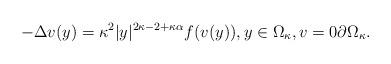
LaTeX: \begin{align*}-\Delta v(y) = \kappa^2|y|^{2\kappa -2 + \kappa \alpha} f(v(y)), y \in \Omega_{\kappa}, v =0 \partial \Omega_{\kappa}.\end{align*}